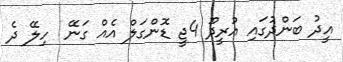
އީދު ބަންދުގައި އުރީދޫ 4ޖީ ޑޮންގަލް އެއް ގަނޭ  ހިލޭ ދެ